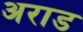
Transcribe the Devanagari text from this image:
अराड